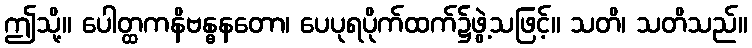
ဤသို့။ ပေါတ္ထကနိဗန္ဓနတော၊ ပေပုရပိုက်ထက်၌ဖွဲ့သဖြင့်။ သတိ၊ သတိသည်။